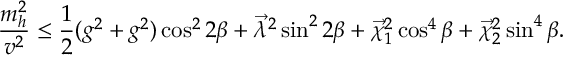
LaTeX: \displaystyle { \frac { m _ { h } ^ { 2 } } { v ^ { 2 } } } \leq \frac { 1 } { 2 } ( g ^ { 2 } + g ^ { 2 } ) \cos ^ { 2 } 2 \beta + \vec { \lambda } ^ { 2 } \sin ^ { 2 } 2 \beta + \vec { \chi } _ { 1 } ^ { 2 } \cos ^ { 4 } \beta + \vec { \chi } _ { 2 } ^ { 2 } \sin ^ { 4 } \beta .